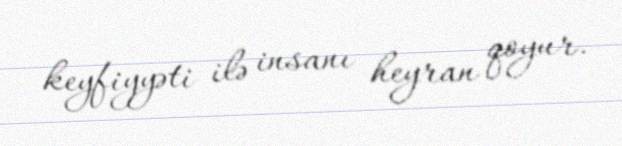
keyfiyyəti ilə insanı heyran qoyur.